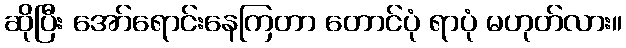
ဆိုပြီး အော်ရောင်းနေကြတာ တောင်ပုံ ရာပုံ မဟုတ်လား။